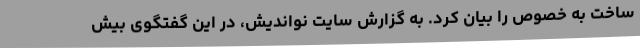
ساخت به خصوص را بیان کرد. به گزارش سایت نواندیش، در این گفتگوی بیش